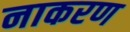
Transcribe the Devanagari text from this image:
नाकरण